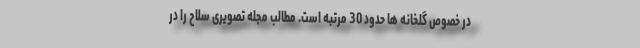
در خصوص گلخانه ها حدود 30 مرتبه است. مطالب مجله تصویری سلاح را در